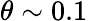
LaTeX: \theta\sim 0.1